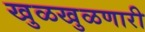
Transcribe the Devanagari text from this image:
खुळखुळणारी